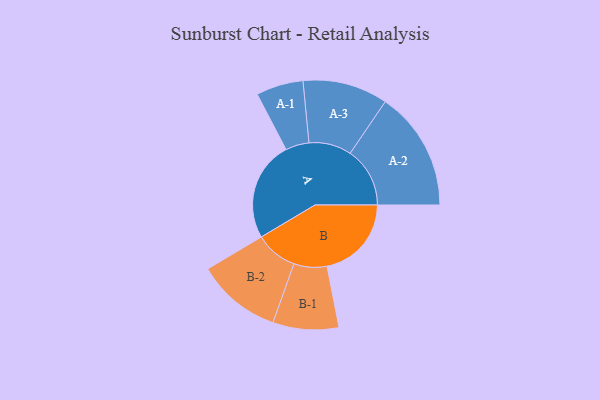
{"axis": {"x": "Segment", "y": "Value"}, "legend": ["", "A", "B"], "data": [{"x": "A", "y": 436, "type": ""}, {"x": "B", "y": 369, "type": ""}, {"x": "A-1", "y": 103, "type": "A"}, {"x": "A-2", "y": 261, "type": "A"}, {"x": "A-3", "y": 186, "type": "A"}, {"x": "B-1", "y": 144, "type": "B"}, {"x": "B-2", "y": 185, "type": "B"}]}